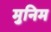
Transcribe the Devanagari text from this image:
मुनिम